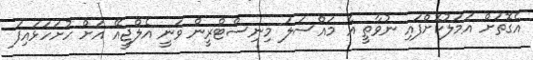
އެގޮތަށް އަމަލުކޮށްފައި ނުވާތީ އެ މައްސަލަ މިނިސްޓްރީން ވަނީ އެލްޖީއޭ އަށް ހުށަހަޅައިފަ